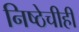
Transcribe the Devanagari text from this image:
निष्ठेचीही